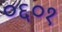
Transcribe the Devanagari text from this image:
०६०१